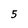
Character: 5